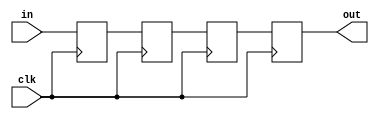
module registrador_deslocamento(out,clk,in);
  input in,clk;
  output reg out;
  reg q1,q2,q3;
  
  always@(posedge clk)
  begin
    q1<=in;
    q2<=q1;
    q3<=q2;
    out<=q3;
    
  end
endmodule